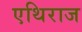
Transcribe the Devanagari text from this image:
एथिराज